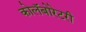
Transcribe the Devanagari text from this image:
कोलॅबोरेटरी